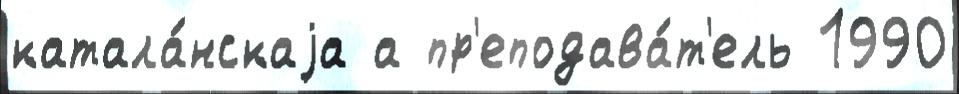
катала́нскаjа а пр'еподава́т'ель 1990